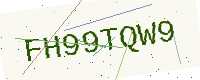
Text: FH99TQW9